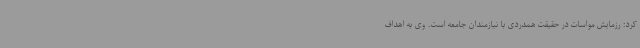
کرد: رزمایش مواسات در حقیقت همدردی با نیازمندان جامعه است. وی به اهداف